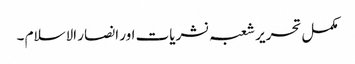
مکمل تحریر شعبہ نشریات اور انصار الاسلام ۔